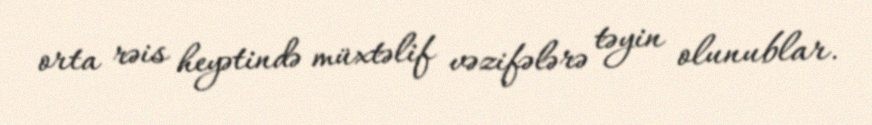
orta rəis heyətində müxtəlif vəzifələrə təyin olunublar.